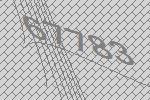
67783